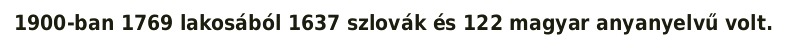
1900-ban 1769 lakosából 1637 szlovák és 122 magyar anyanyelvű volt.